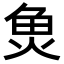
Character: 𮫬